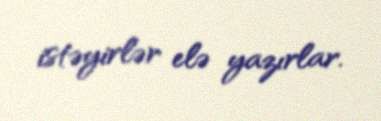
istəyirlər elə yazırlar.